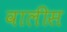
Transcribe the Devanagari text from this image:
वालीस